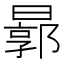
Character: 𣍉